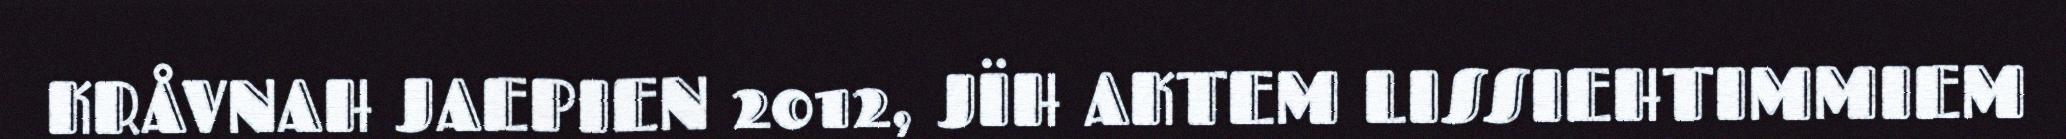
KRÅVNAH JAEPIEN 2012, JÏH AKTEM LISSIEHTIMMIEM